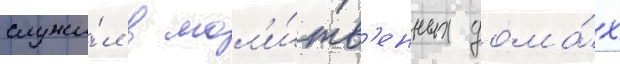
служи́л в мол'и́тв'енных дома́х